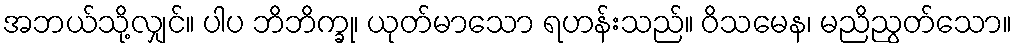
အဘယ်သို့လျှင်။ ပါပ ဘိဘိက္ခု၊ ယုတ်မာသော ရဟန်းသည်။ ဝိသမေန၊ မညိညွတ်သော။